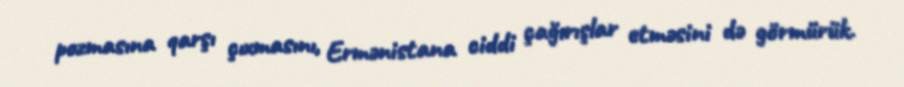
pozmasına qarşı çıxmasını, Ermənistana ciddi çağırışlar etməsini də görmürük.